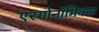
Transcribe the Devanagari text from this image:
एरगोनॉमिक्स